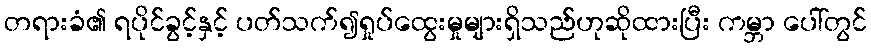
တရားခံ၏ ရပိုင်ခွင့်နှင့် ပတ်သက်၍ရှုပ်ထွေးမှုများရှိသည်ဟုဆိုထားပြီး ကမ္ဘာ ပေါ်တွင်